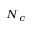
N _ { c }